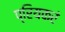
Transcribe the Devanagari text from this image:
प्रियकरं